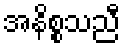
အနိစ္စသညီ